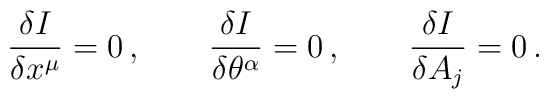
\frac{\delta I}{\delta x^\mu}=0\, ,\qquad \frac{\delta I}{\delta \theta^\alpha}=0\, ,\qquad\frac{\delta I}{\delta A_j}=0 \, .